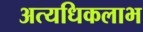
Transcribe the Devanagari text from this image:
अत्यधिकलाभ